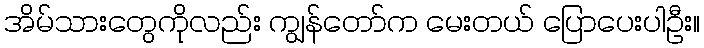
အိမ်သားတွေကိုလည်း ကျွန်တော်က မေးတယ် ပြောပေးပါဦး။